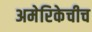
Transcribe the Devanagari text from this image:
अमेरिकेचीच